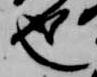
也